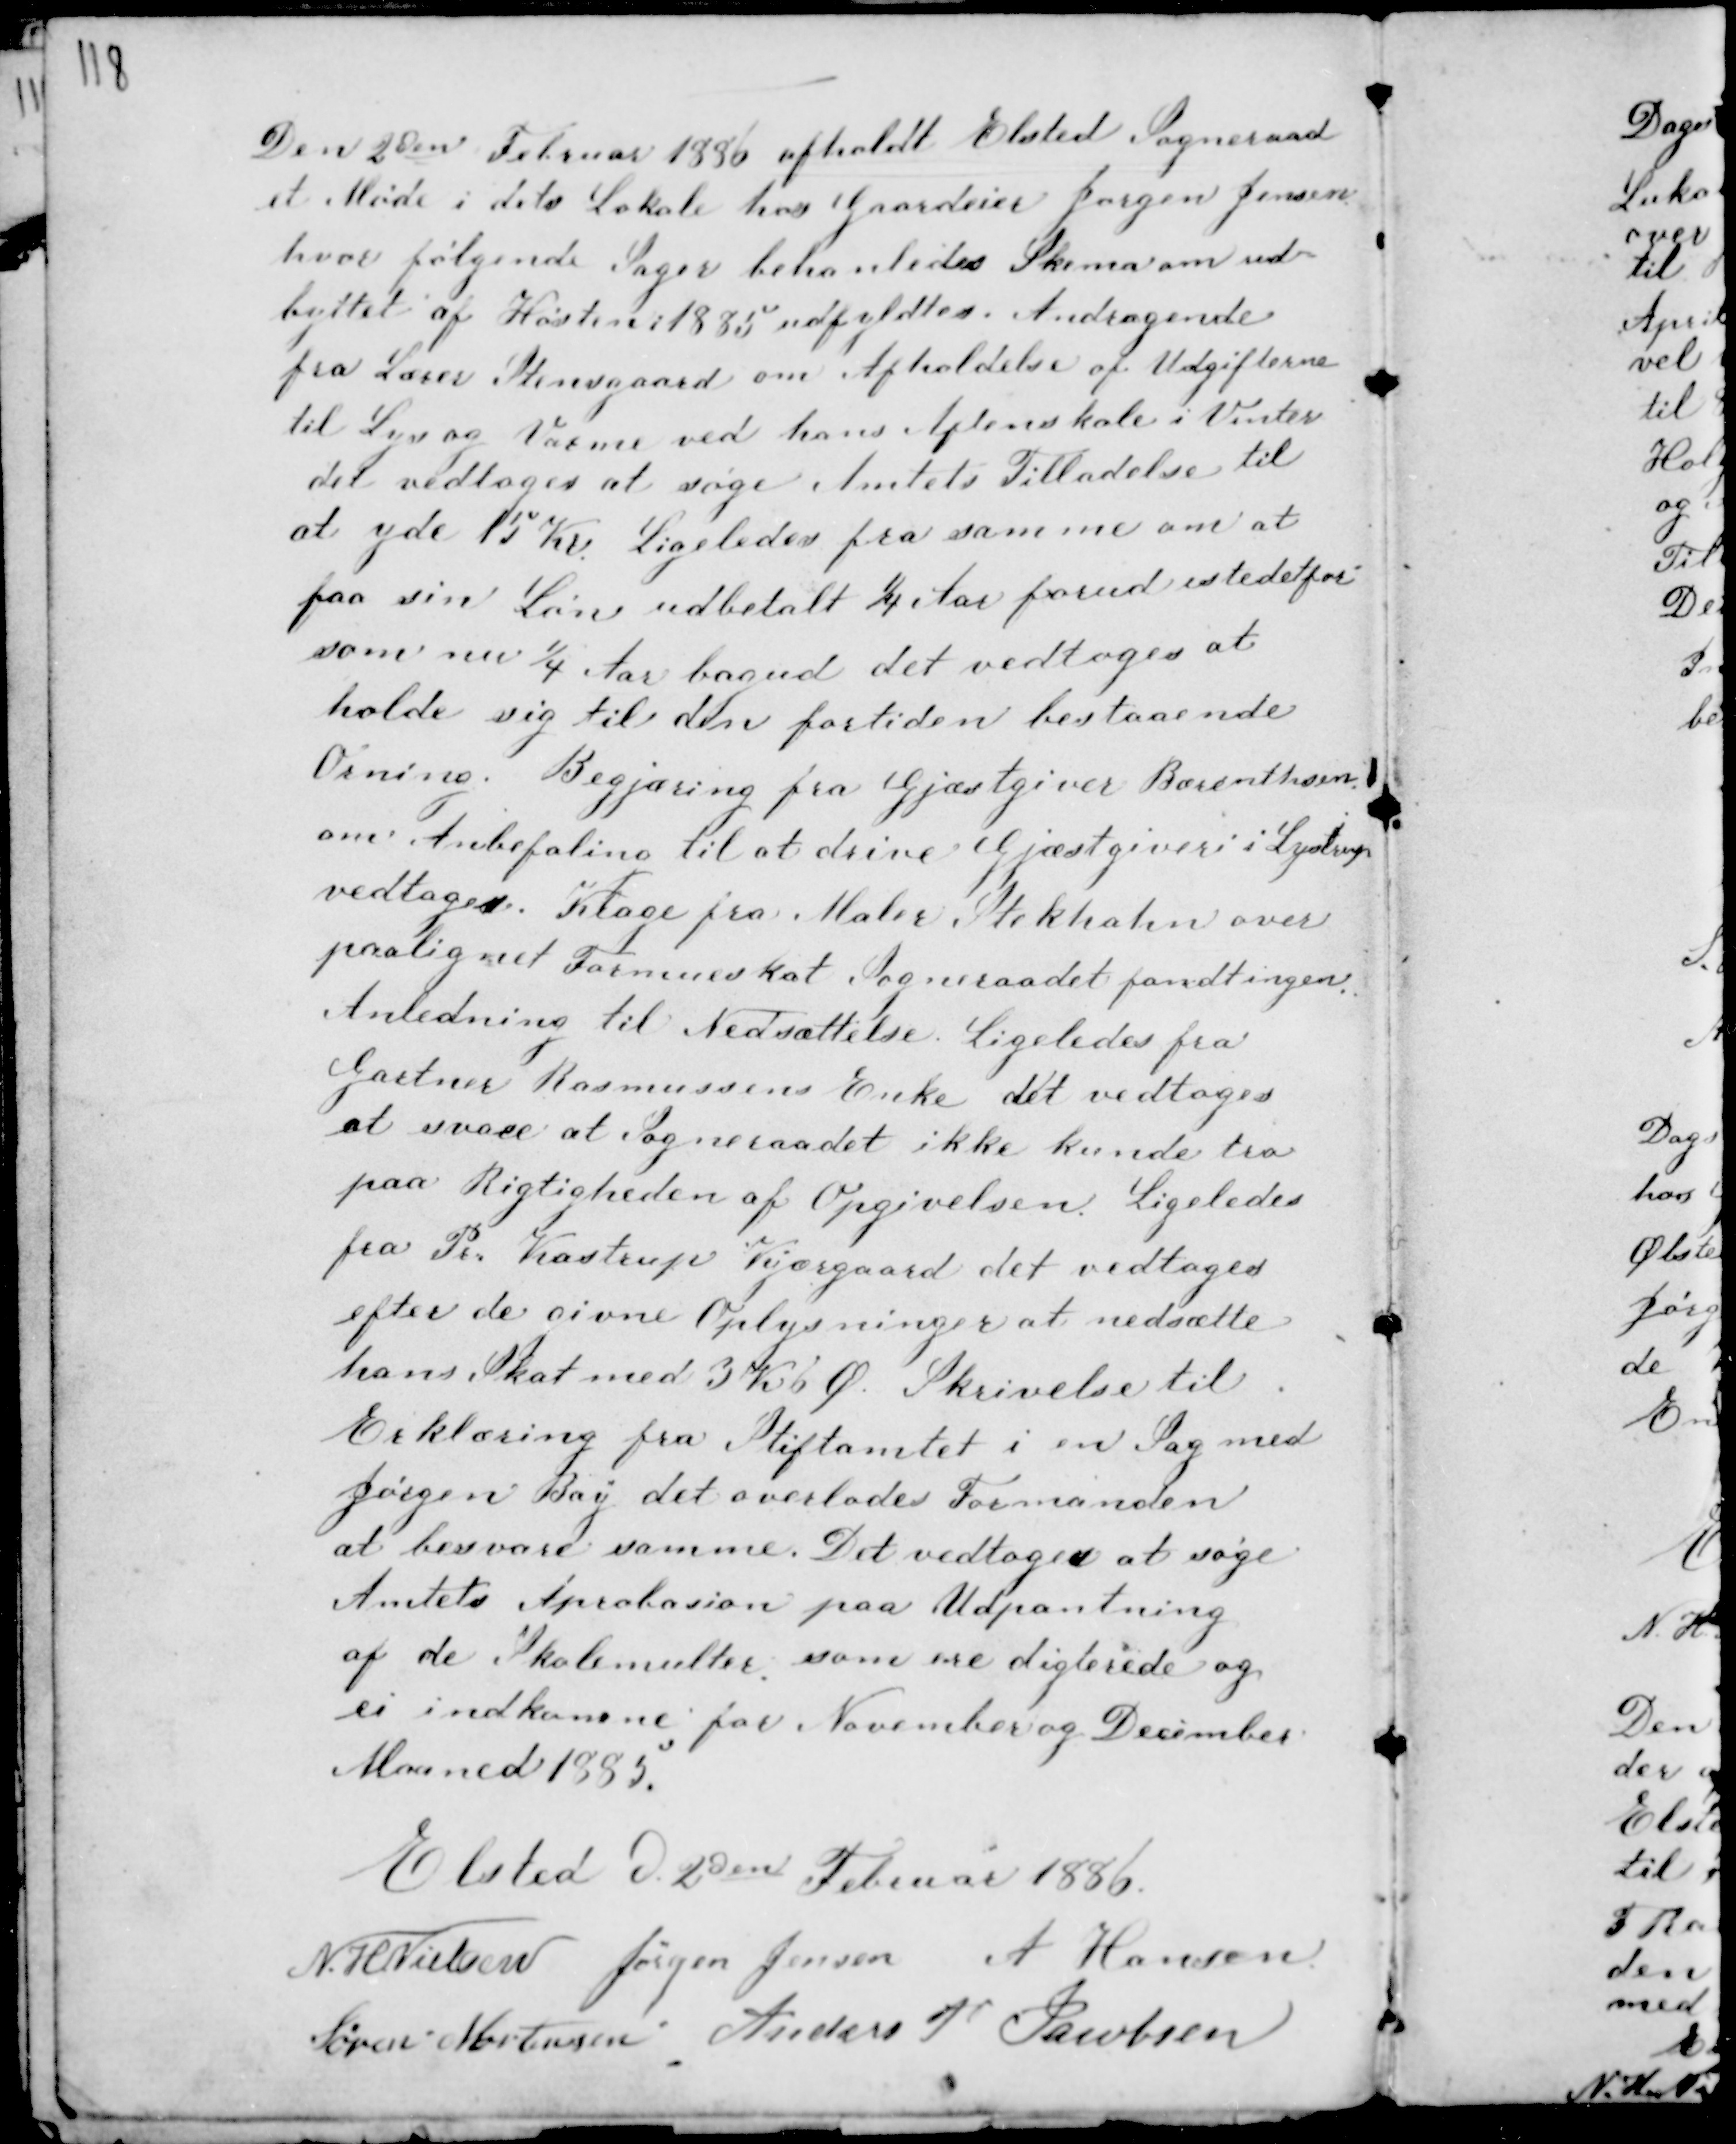
Transskription:
Den 2den Februar 1886 afholdt Elsted Sogneraad
et Møde i dets Lokale hos Gaardeier Jørgen Jensen
hvor følgende Sager behandledes Skema om ud-
byttet af Høsten i 1885 udfyldtes. Andragende
fra Lærer Steensgaard om Afholdelse af Udgifterne
til Lys og Varme ved hans Apenskole i Vinter
det vedtoges at søge Amtets Tilladelse til
at yde 15 Kr. Ligeledes fra samme om at
faa sin Løn udbetalt ¼ Aar forud istedetfor
som nu ¼ Aar bagud det vedtoges at
holde sig til den fortiden bestaaende
Orning. Begjæring fra Gjæstgiver Bærenthsen
om Anbefaling til at drive Gjæstgiveri i Lystrup
vedtoges. Klage fra Maler Stekhahn over
paalignet Formueskat Sogneraadet fandt ingen
Anledning til Nedsættelse. Ligeledes fra
Gartner Rasmussens Enke det vedtoges
at svare at Sogneraadet ikke kunde tro
paa Rigtigheden af Opgivelsen. Ligeledes
fra Per Kastrup Kjærgaard det vedtoges
efter de givne Oplysninger at nedsætte
hans Skat med 3 Kr 6 Ø. Skrivelse til
Erklæring fra Stiftamtet i en Sag med
Jørgen Bay det overlades Formanden
at besvare samme. Det vedtoges at søge
Amtets Aprobation paa Udpantning
af de Skolemulter som ere digterede og
er indkomne for November og December
Maaned 1885.

Elsted d. 2den Februar 1886.
N. H Nielsen Jørgen Jensen A Hansen
Søren Mortensen Anders P Jacobsen